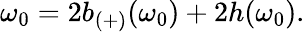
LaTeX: \omega_{0}=2b_{(+)}(\omega_{0})+2h(\omega_{0}).